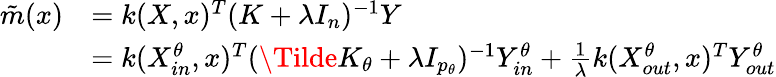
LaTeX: \begin{array}{rl}{\tilde{m}(x)}&{=k(X,x)^{T}(K+\lambda I_{n})^{-1}Y}\\ &{=k(X_{in}^{\theta},x)^{T}(\Tilde{K}_{\theta}+\lambda I_{p_{\theta}})^{-1}Y_{in}^{\theta}+\frac{1}{\lambda}k(X_{out}^{\theta},x)^{T}Y_{out}^{\theta}}\end{array}